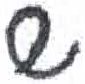
אות: ש